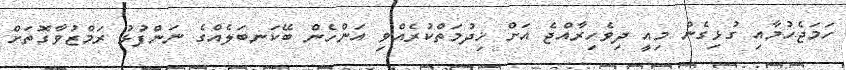
ހަމަޖެހުމާއި ގުޅިގެން މިއީ ދިވެހިރާއްޖެ އަށް ޚިދުމަތްކުރެއްވި އަންހެން ބޭކަނބަލެއްގެ ނަންފުޅު ރަމްޒުވާގޮތަށް